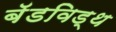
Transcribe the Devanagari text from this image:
बॅडविड्थ